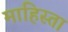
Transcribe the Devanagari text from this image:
माहिस्ता